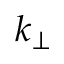
k _ { \perp }